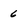
Character: 6